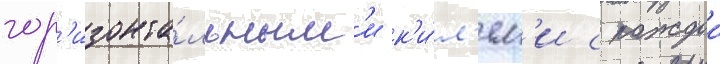
гор'изонта́льным'и к'и́л'ям'и с каждои